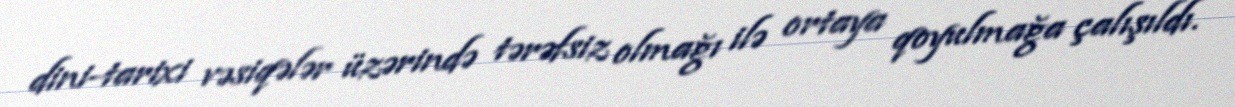
dini-tarixi vəsiqələr üzərində tərəfsiz olmağı ilə ortaya qoyulmağa çalışıldı.